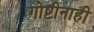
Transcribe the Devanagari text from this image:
गोष्टीनाही